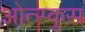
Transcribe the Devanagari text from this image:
ओत्स्कुस